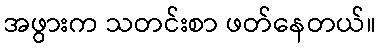
အဖွားက သတင်းစာ ဖတ်နေတယ်။